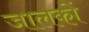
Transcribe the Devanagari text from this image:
जालकों